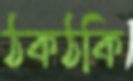
ঠকঠকি